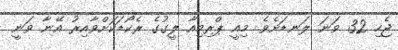
ޖެހި 32 ވަނަ ލަނޑަށެވެ. މިއީ ޕްރިމިއާ ލީގުގެ ރެކޯޑަކަށްވާއިރު އޭނާ ވަނީ